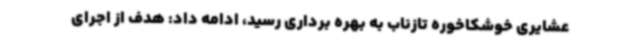
عشایری خوشکاخوره تازناب به بهره برداری رسید، ادامه داد: هدف از اجرای